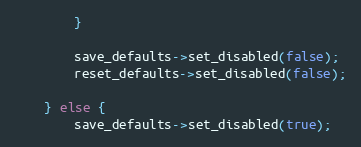
Language: C++
		}

		save_defaults->set_disabled(false);
		reset_defaults->set_disabled(false);

	} else {
		save_defaults->set_disabled(true);